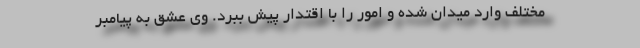
مختلف وارد میدان شده و امور را با اقتدار پیش ببرد. وی عشق به پیامبر